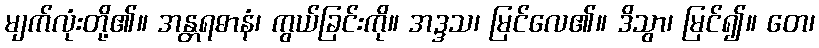
မျက်လုံးတို့၏။ အန္တရဓာနံ၊ ကွယ်ခြင်းကို။ အဒ္ဒသ၊ မြင်လေ၏။ ဒိသွာ၊ မြင်၍။ တေ၊